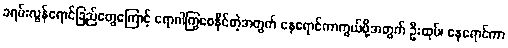
ခရမ်းလွန်ရောင်ခြည်တွေကြောင့် ရောဂါကြွစေနိုင်တဲ့အတွက် နေရောင်ကာကွယ်ဖို့အတွက် ဦးထုပ်၊ နေရောင်ကာ